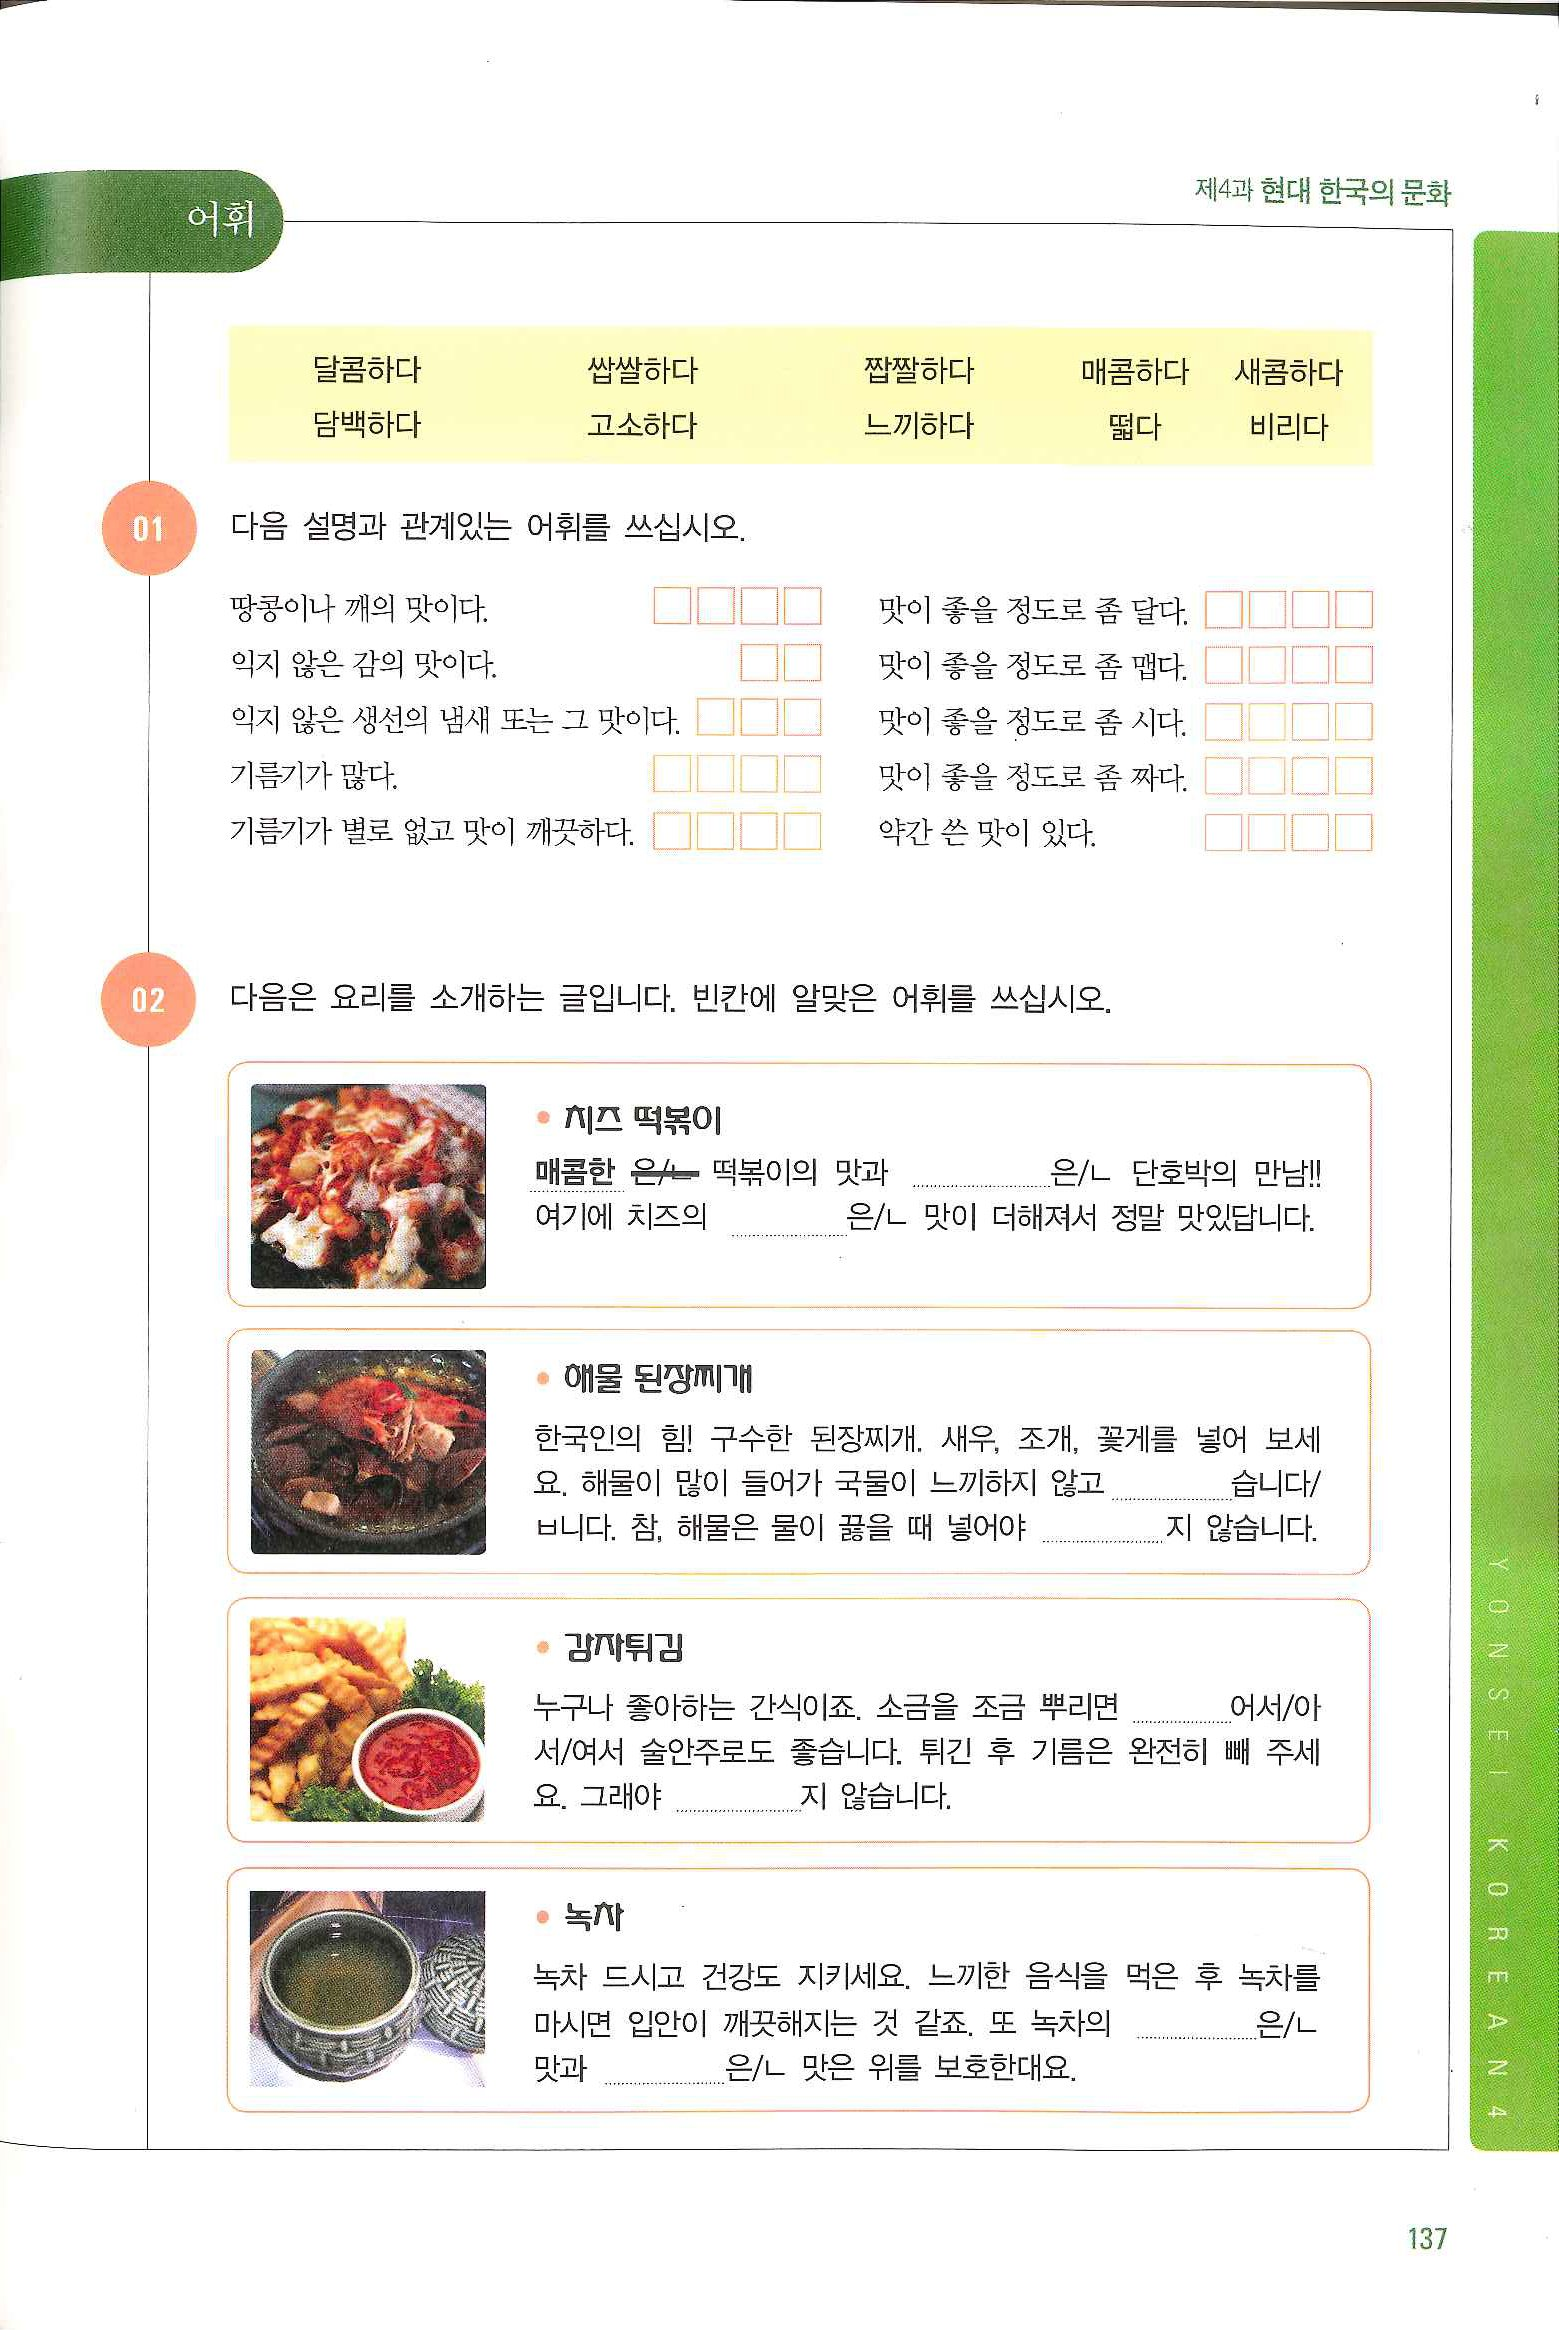
Language: ko